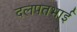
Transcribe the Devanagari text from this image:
दलपतभाई